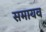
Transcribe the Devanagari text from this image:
समायव